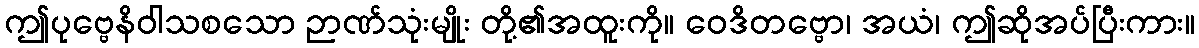
ဤပုဗ္ဗေနိဝါသစသော ဉာဏ်သုံးမျိုး တို့၏အထူးကို။ ဝေဒိတဗ္ဗော၊ အယံ၊ ဤဆိုအပ်ပြီးကား။